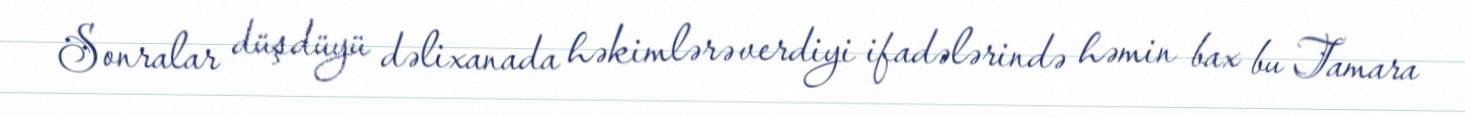
Sonralar düşdüyü dəlixanada həkimlərə verdiyi ifadələrində həmin bax bu Tamara